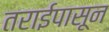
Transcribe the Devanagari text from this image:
तराईपासून